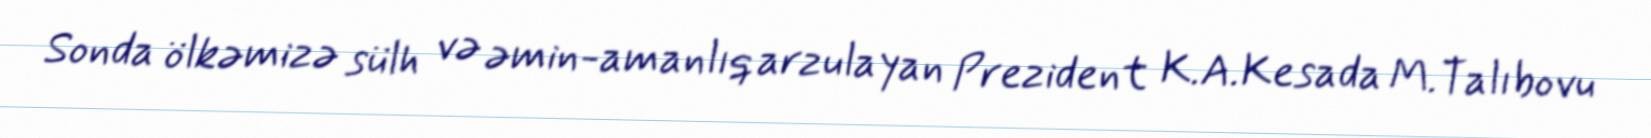
Sonda ölkəmizə sülh və əmin-amanlıq arzulayan Prezident K.A.Kesada M.Talıbovu